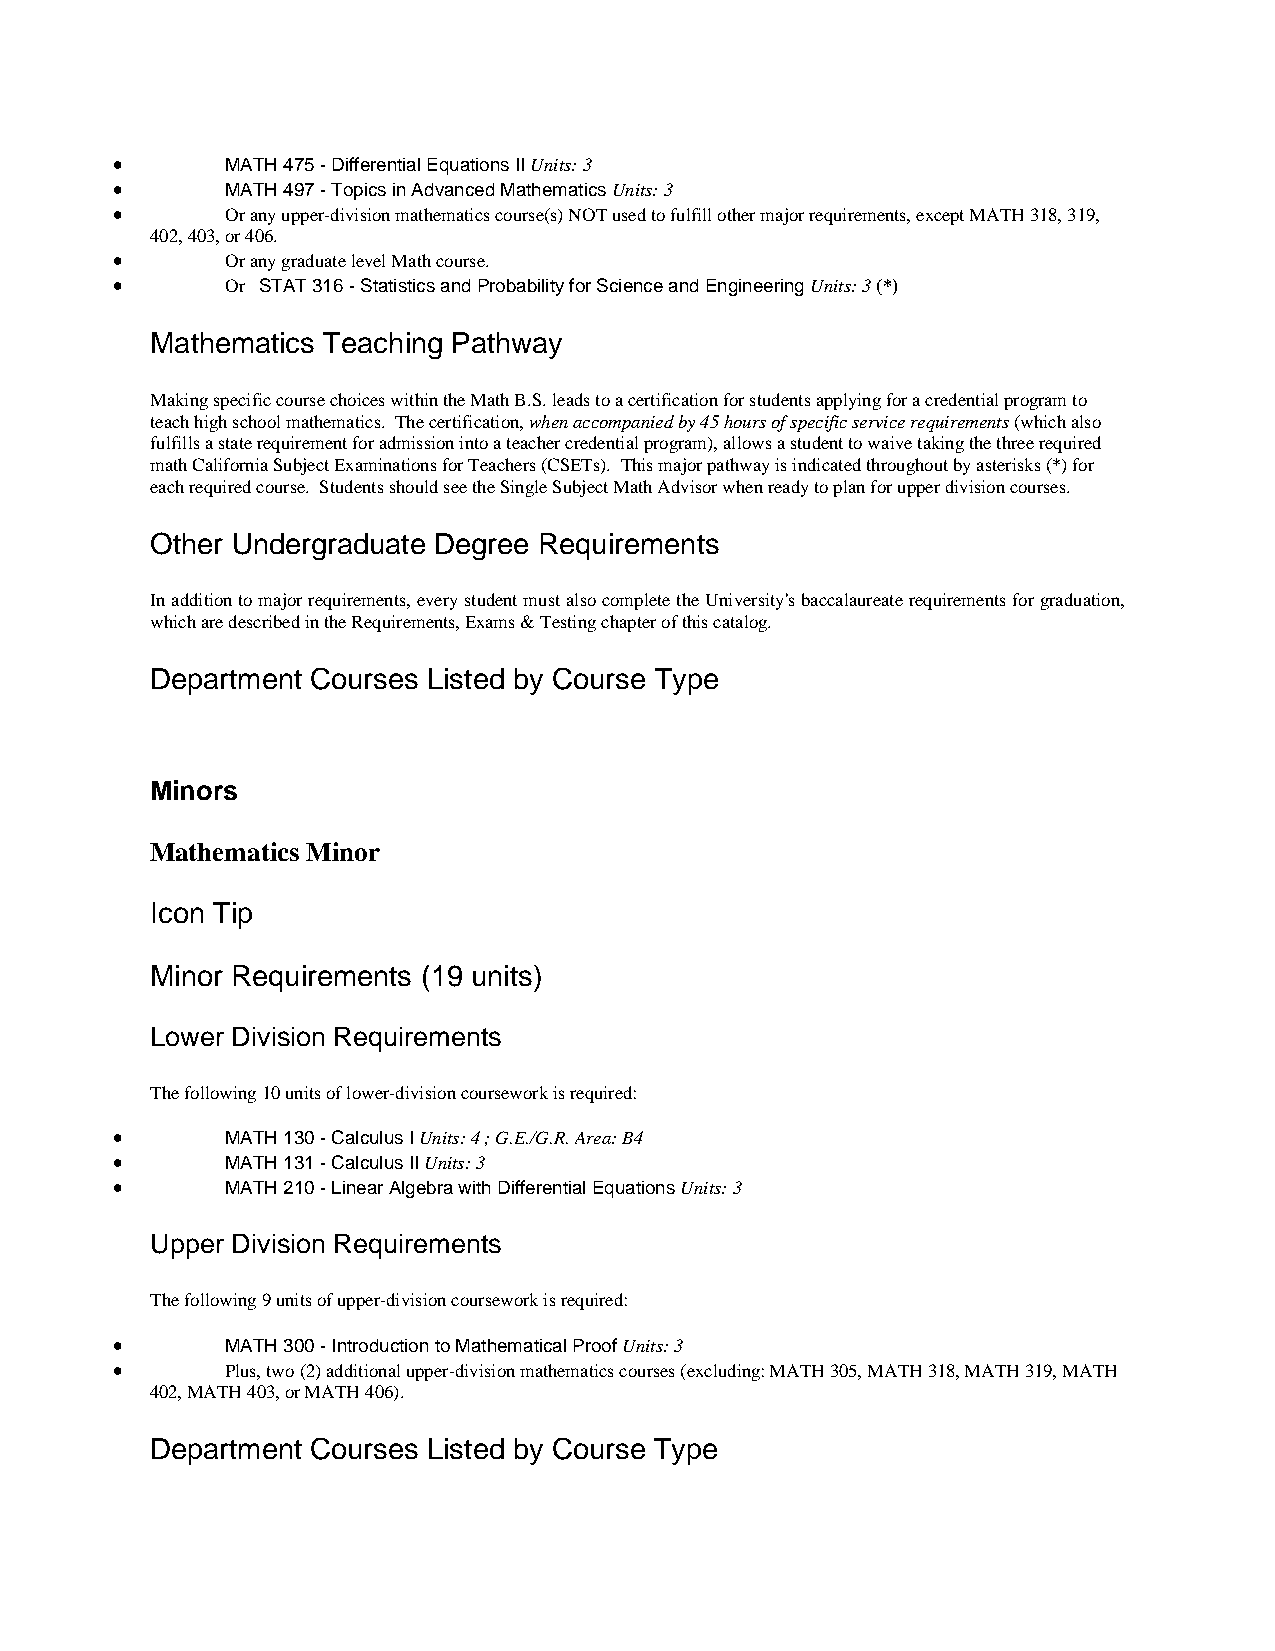
•       MATH 475 - Differential Equations II Units: 3
 •       MATH 497 - Topics in Advanced Mathematics Units: 3
 •       Or any upper-division mathematics course(s) NOT used to fulfill other major requirements, except MATH 318, 319,
 402, 403, or 406.
 •       Or any graduate level Math course.
 •       Or STAT 316 - Statistics and Probability for Science and Engineering Units: 3 (*)
 Mathematics Teaching Pathway
 Making specific course choices within the Math B.S. leads to a certification for students applying for a credential program to
 teach high school mathematics. The certification, when accompanied by 45 hours of specific service requirements (which also
 fulfills a state requirement for admission into a teacher credential program), allows a student to waive taking the three required
 math California Subject Examinations for Teachers (CSETs). This major pathway is indicated throughout by asterisks (*) for
 each required course. Students should see the Single Subject Math Advisor when ready to plan for upper division courses.
 Other Undergraduate Degree Requirements
 In addition to major requirements, every student must also complete the University's baccalaureate requirements for graduation,
 which are described in the Requirements, Exams & Testing chapter of this catalog.
 Department Courses Listed by Course Type
 Minors
 Mathematics Minor
 Icon Tip
 Minor Requirements (19 units)
 Lower Division Requirements
 The following 10 units of lower-division coursework is required:
 •       MATH 130 - Calculus I Units: 4 ; G.E./G.R. Area: B4
 •       MATH 131 - Calculus II Units: 3
 •       MATH 210 - Linear Algebra with Differential Equations Units: 3
 Upper Division Requirements
 The following 9 units of upper-division coursework is required:
 •       MATH 300 - Introduction to Mathematical Proof Units: 3
 •       Plus, two (2) additional upper-division mathematics courses (excluding: MATH 305, MATH 318, MATH 319, MATH
 402, MATH 403, or MATH 406).
 Department Courses Listed by Course Type